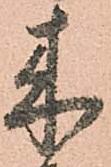
来